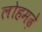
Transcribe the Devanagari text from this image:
लोहमढ़े